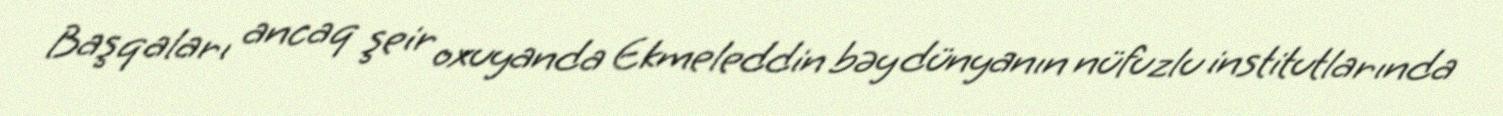
Başqaları ancaq şeir oxuyanda Ekmeleddin bəy dünyanın nüfuzlu institutlarında